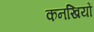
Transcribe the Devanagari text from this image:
कनखियों